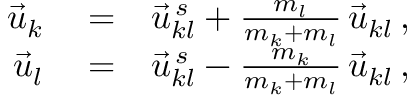
\begin{array} { r l r } { \vec { u } _ { k } } & { { } = } & { \vec { u } _ { k l } ^ { \, s } + \frac { m _ { l } } { m _ { k } + m _ { l } } \, \vec { u } _ { k l } \, , } \\ { \vec { u } _ { l } } & { { } = } & { \vec { u } _ { k l } ^ { \, s } - \frac { m _ { k } } { m _ { k } + m _ { l } } \, \vec { u } _ { k l } \, , } \end{array}